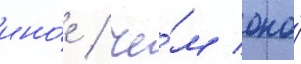
ино́е / че́м оно́